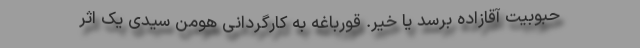
حبوبیت آقازاده برسد یا خیر. قورباغه به کارگردانی هومن سیدی یک اثر